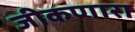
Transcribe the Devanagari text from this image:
जीकणारा